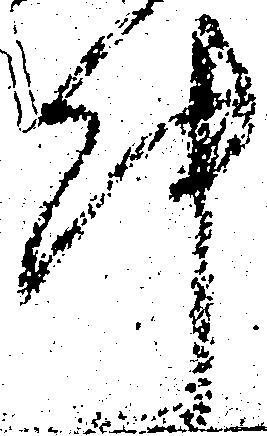
件